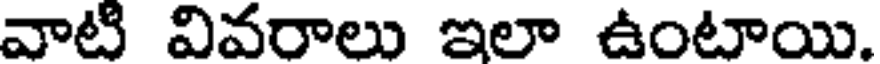
వాటి వివరాలు ఇలా ఉంటాయి.